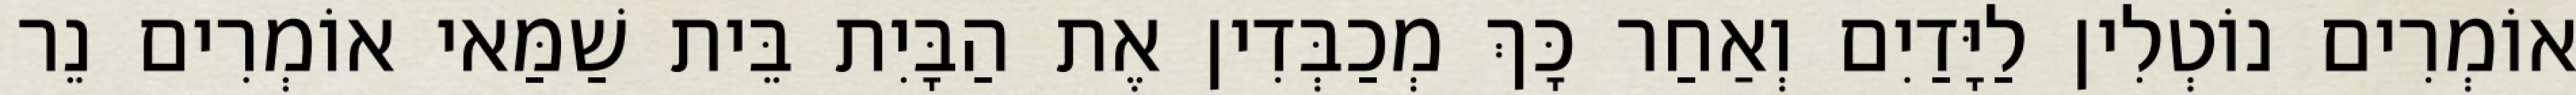
אוֹמְרִים נוֹטְלִין לַיָּדַיִם וְאַחַר כָּךְ מְכַבְּדִין אֶת הַבָּיִת בֵּית שַׁמַּאי אוֹמְרִים נֵר